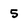
Character: 5